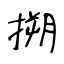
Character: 搠